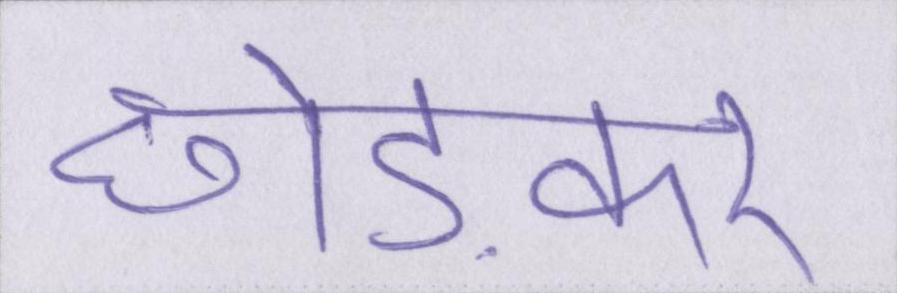
छोड़कर